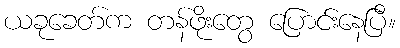
ယခုခေတ်က တန်ဖိုးတွေ ပြောင်းနေပြီ။